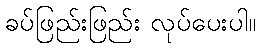
ခပ်ဖြည်းဖြည်း လုပ်ပေးပါ။